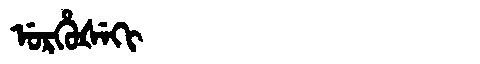
Manchu: ᡠᡵᡥᡠᡧᡝᡴᡳ
Romanization: URHUŠEKI